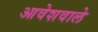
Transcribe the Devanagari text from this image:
आवेशवाले